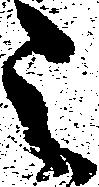
之